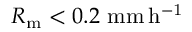
R _ { \mathrm { m } } < 0 . 2 \ \mathrm { m m \, h ^ { - 1 } }